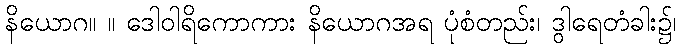
နိယောဂ။ ။ ဒေါဝါရိကောကား နိယောဂအရ ပုံစံတည်း၊ ဒွါရေတံခါး၌၊